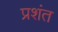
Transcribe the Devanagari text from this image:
प्रशंत